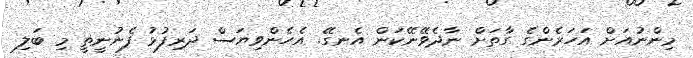
މިންނުއަށް އަހަރެންގެ ގާތަށް ނާދެވޭނޭކަން އެނގޭ. އެހެންވިޔަސް ދަރިފުޅު ފެނުނީތީ މި ބަލި